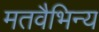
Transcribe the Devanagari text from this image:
मतवैभिन्य